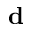
{ \bf d }